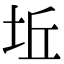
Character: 坵